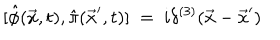
[ \hat { \phi } ( \vec { x } , t ) , \hat { \pi } ( \vec { x } ^ { \prime } , t ) ] \ = \ i \delta ^ { ( 3 ) } ( \vec { x } - \vec { x } ^ { \prime } )